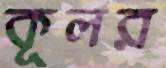
কূলর